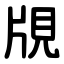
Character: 覑